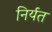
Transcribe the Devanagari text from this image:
निर्यत